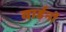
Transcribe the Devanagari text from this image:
वार्डनों